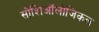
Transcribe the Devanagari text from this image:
सोशिऑलोजिकल